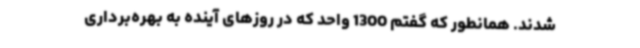
شدند. همانطور که گفتم 1300 واحد که در روزهای آینده به بهره‌برداری